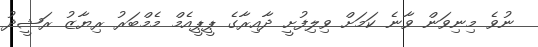
ނުވެ މިނިވަން ވާނެ ކަމަށް ވިލިފުށީ ދާއިރާގެ ޕީޕީއެމް މެމްބަރު ރިޔާޒު ރަޝީދު